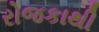
રોજકાથી